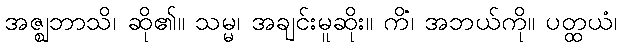
အဇ္ဈဘာသိ၊ ဆို၏။ သမ္မ၊ အချင်းမူဆိုး။ ကိံ၊ အဘယ်ကို။ ပတ္ထယံ၊